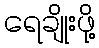
ရေချိုးဖို့